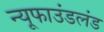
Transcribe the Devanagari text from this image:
न्यूफाउंडलंड